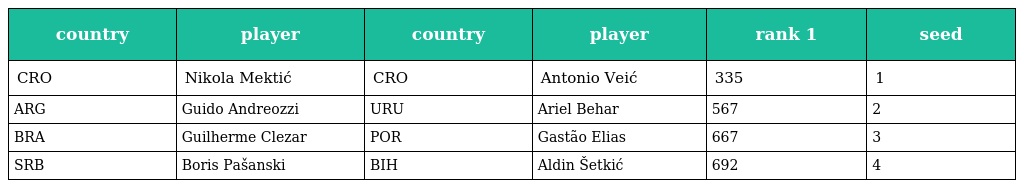
| country | player | country | player | rank 1 | seed |
 | --- | --- | --- | --- | --- | --- |
 | CRO | Nikola Mektić | CRO | Antonio Veić | 335 | 1 |
 | ARG | Guido Andreozzi | URU | Ariel Behar | 567 | 2 |
 | BRA | Guilherme Clezar | POR | Gastão Elias | 667 | 3 |
 | SRB | Boris Pašanski | BIH | Aldin Šetkić | 692 | 4 |